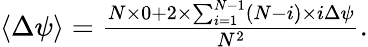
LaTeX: \begin{array}{r}{\langle\Delta\psi\rangle=\frac{N\times 0+2\times\sum_{i=1}^{N-1}(N-i)\times i\Delta\psi}{N^{2}}.}\end{array}